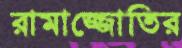
রামাজ্জোতির